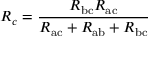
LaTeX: R _ { c } = { \frac { R _ { \mathrm { b c } } R _ { \mathrm { a c } } } { R _ { \mathrm { a c } } + R _ { \mathrm { a b } } + R _ { \mathrm { b c } } } }